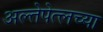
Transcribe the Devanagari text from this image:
अल्तेपेत्लच्या